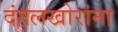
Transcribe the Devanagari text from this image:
दंगलखोरांना